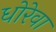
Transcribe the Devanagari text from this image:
धोरेवा